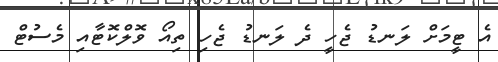
އެ ޓީމަށް ލަނޑު ޖެހީ ދެ ލަނޑު ޖެހި ތިއޯ ވޮލްކޮޓާއި މެސުޓް